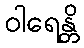
ဝါရေန္တိ